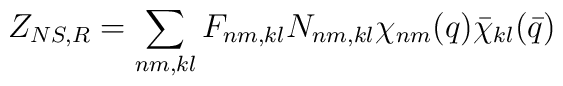
Z_{NS,R}=\sum_{nm,kl}F_{nm,kl}N_{nm,kl}\chi _{nm}(q)\bar{\chi}_{kl}(\bar{q})